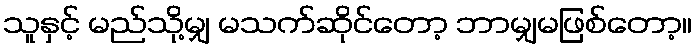
သူနှင့် မည်သို့မျှ မသက်ဆိုင်တော့ ဘာမျှမဖြစ်တော့။